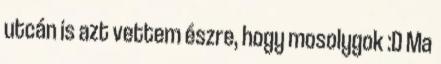
utcán is azt vettem észre, hogy mosolygok :D Ma